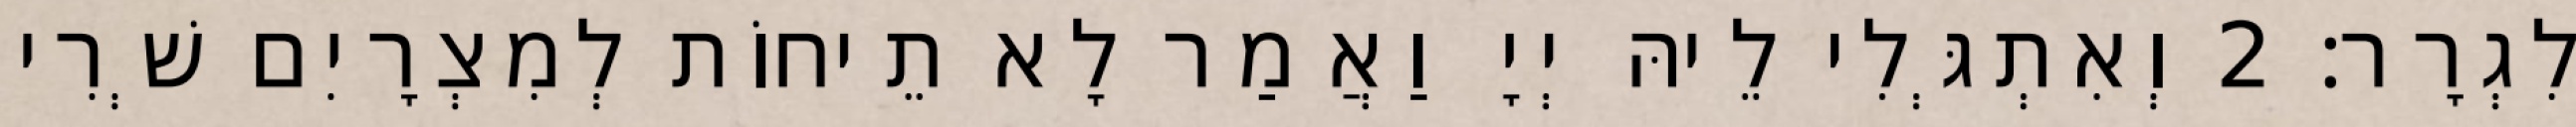
לִגְרָר׃ 2 וְאִתְגְּלִי לֵיהּ יְיָ וַאֲמַר לָא תֵיחוֹת לְמִצְרָיִם שְׁרִי